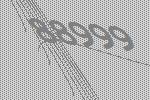
88999